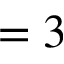
= 3